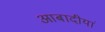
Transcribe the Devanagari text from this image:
आबादीयां